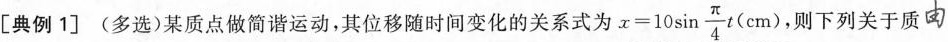
[典例1](多选)某质点做简谐运动，其位移随时间变化的关系式为 $$x=10 \sin \frac{\pi}{4}t(cm)$$, 则下列关于质由